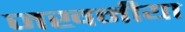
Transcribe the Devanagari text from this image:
जखनीया